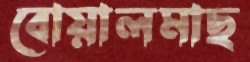
বোয়ালমাছ